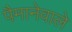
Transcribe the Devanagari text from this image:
पैमानेवाले